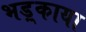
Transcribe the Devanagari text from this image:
भड़्काया